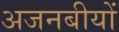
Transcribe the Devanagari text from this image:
अजनबीयों